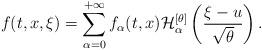
LaTeX: \begin{align*} f(t,x,\xi) = \sum_{\alpha=0}^{+\infty} f_{\alpha}(t,x) \mathcal{H}^{[\theta]}_{\alpha} \left( \frac{\xi - u}{\sqrt{\theta}} \right).\end{align*}